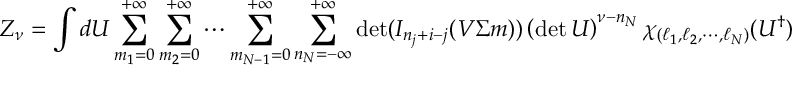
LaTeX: Z _ { \nu } = \int d U \sum _ { m _ { 1 } = 0 } ^ { + \infty } \sum _ { m _ { 2 } = 0 } ^ { + \infty } \cdots \sum _ { m _ { N - 1 } = 0 } ^ { + \infty } \sum _ { n _ { N } = - \infty } ^ { + \infty } \operatorname * { d e t } ( I _ { n _ { j } + i - j } ( V \Sigma m ) ) \left( \operatorname * { d e t } U \right) ^ { \nu - n _ { N } } \chi _ { ( \ell _ { 1 } , \ell _ { 2 } , \cdots , \ell _ { N } ) } ( U ^ { \dagger } ) ,